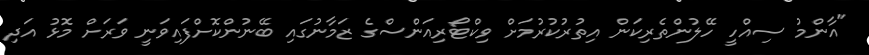
"އާންމު ސިއްހީ ހޭލުންތެރިކަން އިތުރުކުރުމަށް ވިކްޓޯރިއަންސްގެ ޒަމާނުގައި ބޭނުންކޮށްފައިވަނީ ވަރަށް މޮޅު އަދި